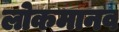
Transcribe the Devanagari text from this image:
लोकमानव